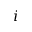
i